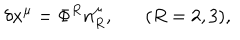
\delta x ^ { \mu } = \Phi ^ { R } n _ { R } ^ { \mu } , ( R = 2 , 3 ) ,